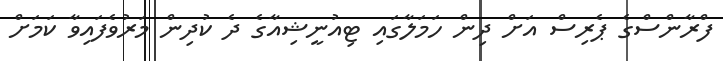
ފްރާންސްގެ ޕެރިސް އަށް ދިން ހަމަލާގައި ޓިއުނީޝިއާގެ ދެ ކުދިން މަރުވެފައިވާ ކަމަށް